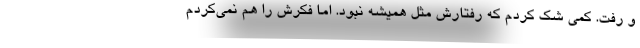
و رفت. کمی شک کردم که رفتارش مثل همیشه نبود. اما فکرش را هم نمی‌کردم